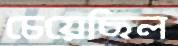
চেয়েছিল